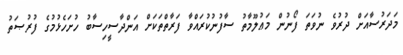
މަދަރުސާއަށް ދުރުވެ ނުވަތަ ފޯނުން މަޢުލޫމާތު ސާފުނުކުރައްވާ ފަރާތްތަކަށް އަންދާސީހިސާބު ހުށަހެޅުމުގެ ފުރުޞަތު